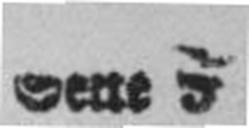
Seite 9